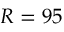
R = 9 5